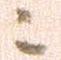
ニ